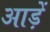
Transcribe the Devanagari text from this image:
आड़ें